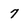
Character: 7